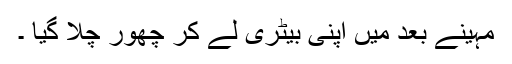
مہینے بعد میں اپنی بیٹری لے کر چھور چلا گیا ۔